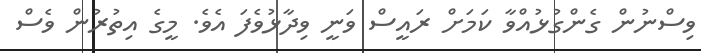
ވިސްނުން ގެންގުޅުއްވާ ކަމަށް ރައީސް ވަނީ ވިދާޅުވެފަ އެވެ. މީގެ އިތުރުން ވެސް